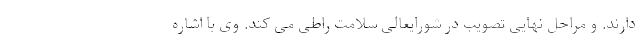
دارند. و مراحل نهایی تصویب در شورایعالی سلامت راطی می کند. وی با اشاره